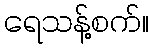
ရေသန့်စက်။